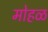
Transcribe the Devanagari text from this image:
मोहळ